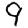
Digit: 9